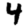
Digit: 4